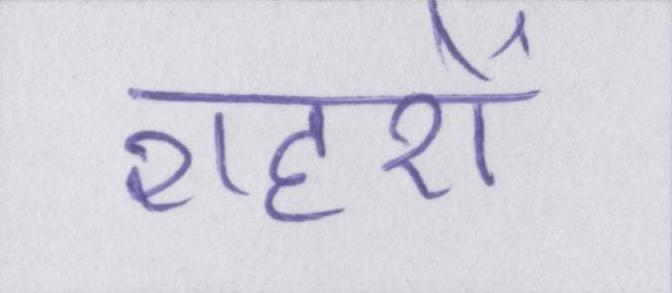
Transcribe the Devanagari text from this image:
शहरों